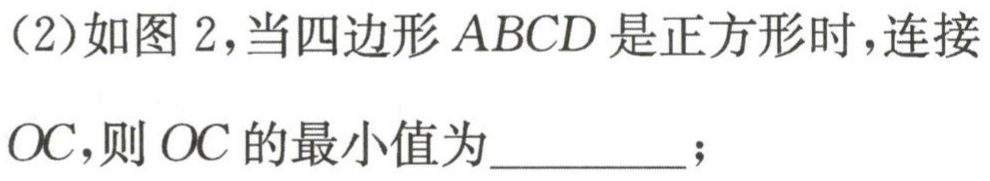
(2)如图 2,当四边形 \(ABCD\) 是正方形时,连接 \(OC\),则 \(OC\) 的最小值为_________;